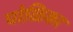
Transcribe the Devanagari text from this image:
पोळिका